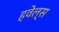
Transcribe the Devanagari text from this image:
हवेल्स